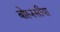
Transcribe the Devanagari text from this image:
बोरूस्सीया